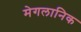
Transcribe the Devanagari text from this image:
मेगलानिक